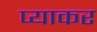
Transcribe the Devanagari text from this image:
प्याकर